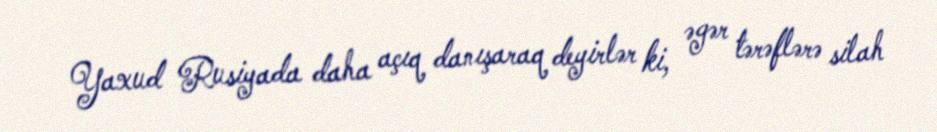
Yaxud Rusiyada daha açıq danışaraq deyirlər ki, əgər tərəflərə silah